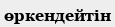
өркендейтін